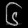
Digit: ၆